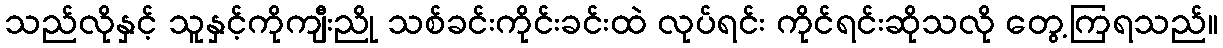
သည်လိုနှင့် သူနှင့်ကိုကျီးညို သစ်ခင်းကိုင်းခင်းထဲ လုပ်ရင်း ကိုင်ရင်းဆိုသလို တွေ့ကြရသည်။